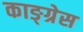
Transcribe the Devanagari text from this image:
काङ्ग्रेस